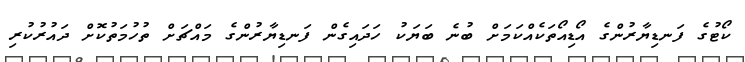
ކޯޓުގެ ފަނޑިޔާރުންގެ އޯޑިއޯތަކެއްކަމަށް ބުނެ ބަޔަކު ހަދައިގެން ފަނޑިޔާރުންގެ މައްޗަށް ތުހުމަތުކޮށް ދައުރުކުރި